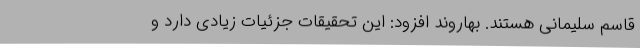
قاسم سلیمانی هستند. بهاروند افزود: این تحقیقات جزئیات زیادی دارد و